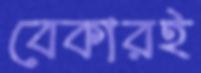
বেকারই